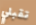
تقبلي